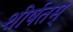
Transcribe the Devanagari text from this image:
शीर्षतम्